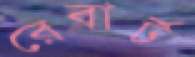
রেবার্ট